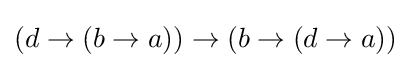
(d\to (b\to a))\to (b\to (d\to a))